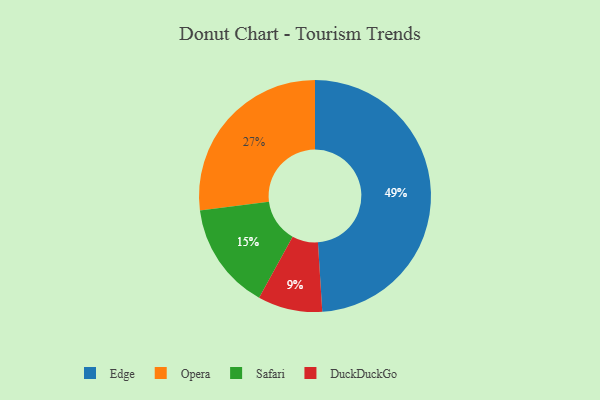
{"axis": {"x": "Category", "y": "Percentage"}, "legend": ["DuckDuckGo", "Edge", "Opera", "Safari"], "data": [{"x": "Opera", "y": 27, "type": "Opera"}, {"x": "Edge", "y": 49, "type": "Edge"}, {"x": "DuckDuckGo", "y": 9, "type": "DuckDuckGo"}, {"x": "Safari", "y": 15, "type": "Safari"}]}